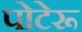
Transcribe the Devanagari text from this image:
पोटेरू